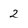
Character: 2